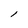
Character: l